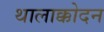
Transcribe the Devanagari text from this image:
थालाक्कोदन